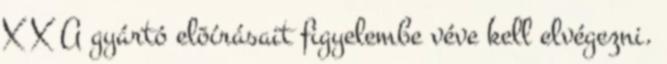
X X A gyártó elõírásait figyelembe véve kell elvégezni.